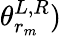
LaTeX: \theta_{r_{m}}^{L,R})